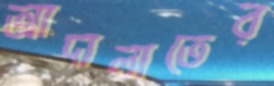
আদালাতের